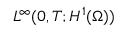
L ^ { \infty } ( 0 , T ; H ^ { 1 } ( \Omega ) )